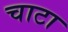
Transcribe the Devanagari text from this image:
चाटा